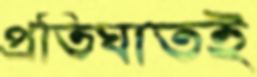
প্রতিঘাতই